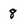
Character: 8